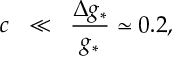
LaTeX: c \; \; \ll \; \; \frac { \Delta g _ { * } } { g _ { * } } \simeq 0 . 2 ,